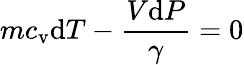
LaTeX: mc_{\mathrm{v}}\mathrm{d}T-{\frac{V\mathrm{d}P}{\gamma}}=0